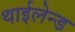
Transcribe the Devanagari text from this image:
थाईलेन्ड